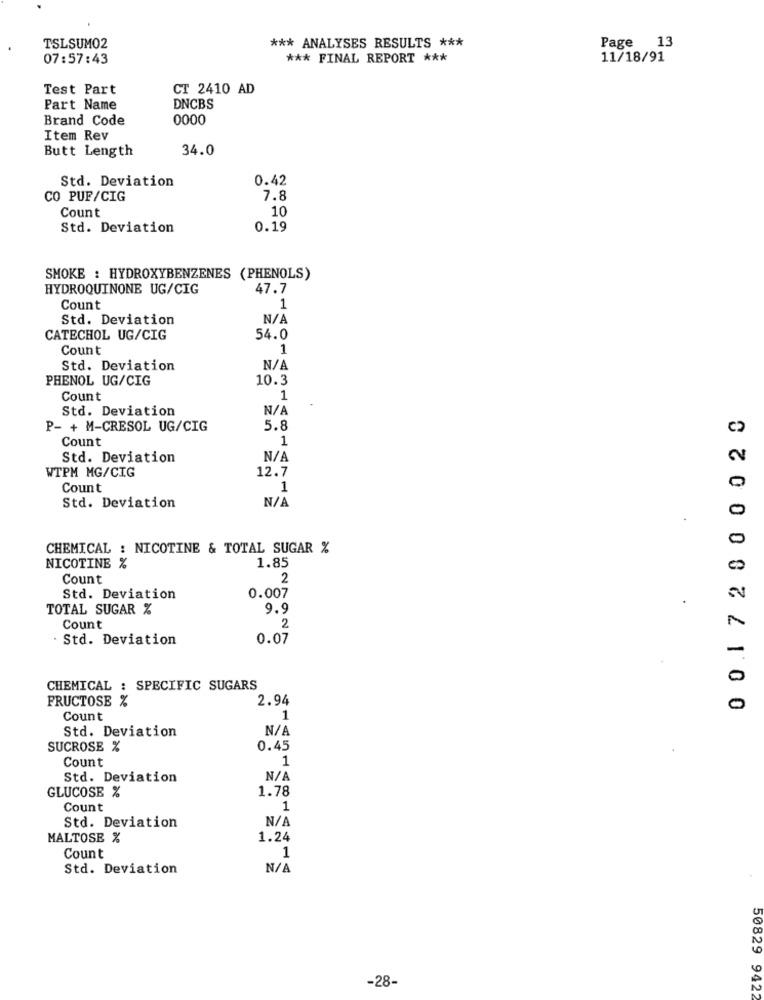
TSLSUM02
*** ANALYSES RESULTS ***
Page 13
07:57:43
*** FINAL REPORT ***
11/18/91
Test Part
CT 2410 AD
Part Name
DNCBS
Brand Code
0000
Item Rev
Butt Length
34.0
Std. Deviation
0.42
CO PUF/CIG
7.8
Count
10
Std. Deviation
0.19
SMOKE : HYDROXYBENZENES (PHENOLS)
HYDROQUINONE UG/CIG
47.7
Count
1
Std. Deviation
CATECHOL UG/CIG
54.0
Count
1
Std. Deviation
PHENOL UG/CIG
10.3
Count
1
Std. Deviation
0 01 72800020
P- + M-CRESOL UG/CIG
5.8
Count
1
Std. Deviation
WTPM MG/CIG
12.7
Count
1
Std. Deviation
CHEMICAL : NICOTINE & TOTAL SUGAR %
NICOTINE %
1.85
Count
2
Std. Deviation
0.007
TOTAL SUGAR %
9.9
Count
2
Std. Deviation
0.07
CHEMICAL : SPECIFIC SUGARS
FRUCTOSE %
2.94
Count
1
Std. Deviation
SUCROSE %
0.45
Count
1
Std. Deviation
N/
1.78
GLUCOSE %
Count
1
Std. Deviation
MALTOSE %
1.24
Count
1
Std. Deviation
-28-
50829 9422